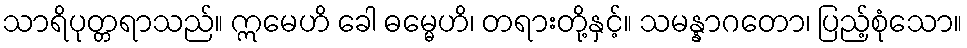
သာရိပုတ္တရာသည်။ ဣမေဟိ ခေါ ဓမ္မေဟိ၊ တရားတို့နှင့်။ သမန္နာဂတော၊ ပြည့်စုံသော။